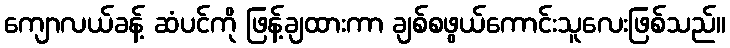
ကျောလယ်ခန့် ဆံပင်ကို ဖြန့်ချထားကာ ချစ်စဖွယ်ကောင်းသူလေးဖြစ်သည်။